Annual statistical returns and brief notes on vaccination in Bengal - 1909-1929
Year: 1909
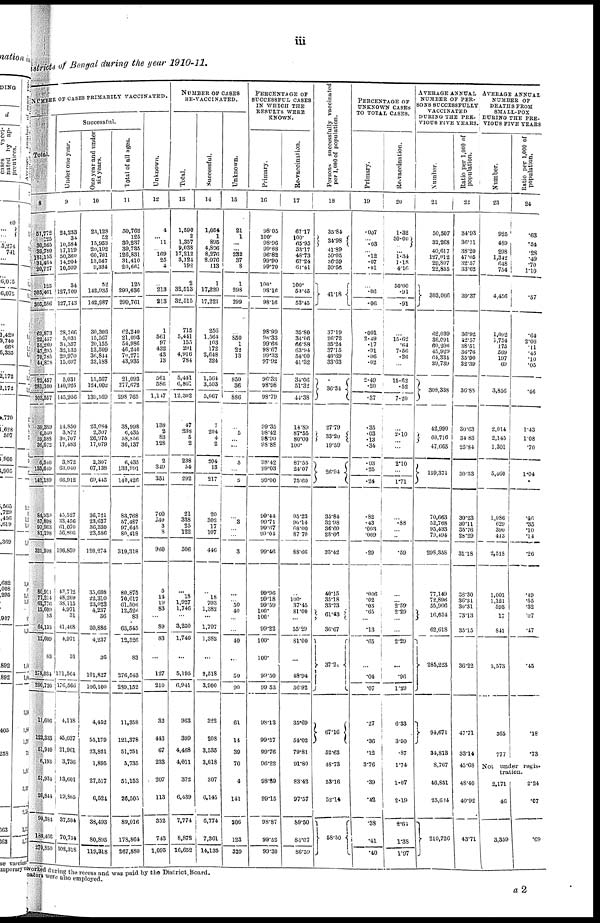
iii
districts of Bengal during the year 1910-11.
NUMBER OF CASES PRIMARILY VACCINATED.
Total.
8
51,772
125
30,562
39,780 281,153
31,464
20,727
125
305,461
305,586
62,873
22,457
55,269
47,205
70,755
44,878
22,457
281,100
303,557
39,389
6,540
59,538
36,672
8,540
135,649
143,189
84,939
57,898
97,963
81,198
321,998
80,011
71,211
61,776
12,609
83
64,133
12,609
83
278,034
290,726
11,600
122,333
51,940
6,193
51,934
26,844
90,334
180,466
270,850
Successful.
Under one year.
9
24,233
34
10,584
17,119 50,360
14,904
10,509
34
127,709
127,743
28,766
5,031
34,357
32,135
29,970
15,897
5,031
140,925
115,956
14,850
3,872
30,707
17,488
3,872
63,940
66,912
45,527
33,456
61,070
50,406
196,859
43,712
48,269
38,115
4,971
31
41,468
4,971
31
171,564
176,566
4,118
45,037
21,961
3,730
13,601
19,865
37,584
70,734
108,318
One year and under
six years.
10
23,128
52
15,953
20,192
60,781
13,547
9,334
52
142,935
142,987
30,303
15,567
20,155
13,509
36,844
23,188
15,567
124,002
139,569
23,084
2,307
26,975
17,079
2,307
67,138
69,445
36,721
23,637
36,330
23,586
120,274
35,608
22,310
23,023
4,237
36
20,886
4,237
36
101,827
106,100
4,452
55,179
23,821
1,896
27,517
6,524
38,493
80,895
119,318
Total of all ages.
11
50,762
125
30,287
39,735
126,831
31,410
20,662
125
299,636
299,761
62,240
21,093
54,986
46,240
70,271
43,935
21,093
277,672
298,765
38,998
6,435
58,856
36,137
6,435
133,991
140,426
83,768
57,487
97,645
80,418
319,318
80,875
70,617
61,500
12,526
83
63,545
12,526
83
276,543
289,152
11,358
121,378
51,751
5,735
51,153
26,505
89,016
178,864
267,880
Unknown.
12
4
...
11
169
25
4
...
213
213
1
561
97
432
43
13
561
586
1,147
138
2 83
128
2
349
351
700
249
3
8
960
5
...
19
83 ...
89
83
...
127
210
32
443
67
233
207
113
352
743
1,095
NUMBER OF CASES
RE-VACCINATED.
Total.
13
1,590
...
1,357
9,038
17,212
3,124
192
2
32,513
32,515
715
5,441
153
291
4,916
784
5,441
6,861
12,302
47
238
5
2
238
54
292
21
338
25
122
506
...
...
1,027
1,476 ...
3,250
1,746
...
5,195
6,941
963
399
4,468
4,011
372
6,439
7,774
8,878
16,652
Successful.
14
1,054
2
895
4,806
8,276
2,076
113
1
17,220
17,221
256
1,564
107 172
2,648 324
1,564
3,503
5,067
7
204 4
2
204
13
217
20
302
17
107
446
...
...
703
1,382
...
1,797
1,382
...
2,518
3,900
322
208
3,535
3,618
307
6,145
6,774
7,361
14,135
Unknown.
15
21
1
...
...
232
37
8
1
298
299
...
850
1
22
13
...
850
36
886
5
...
...
5
...
6
...
3
...
...
3
...
...
50
40
...
...
40
...
50
90
61
14
39
70
4
141
206
123
329
PERCENTAGE OF
SUCCESSFUL CASES
IN WHICH THE
RESULTS WERE
KNOWN.
Primary.
16
98.05
100.
98.96
99.88
96.82
99.90
99.70
100.
93.16
98.16
98.99
96.33
99.66
98.67
99.33
97.92
96.38
98.98
98.79
99.35
98.42
98.90
98.88
98.42
99.03
99.00
99.44
99.71
99.67
99.04
99.46
99.96
99.18
99.59
100.
100.
99.22
100.
100.
99.50
99.53
98.13
99.57
99.76
96.22
98.89
99.15
98.87
99.52
99.30
Re-vaccination.
17
67.17
100.
65.95
53.17
48.73
67.24
61.41
100.
53.45
53.45
35.80
34.06
66.88
63.94
54.00
41.32
34.06
51.32
44.38
14.89
87.55
80.00
100.
87.55
24.07
75.60
95.23
96.14
68.00
87.70
88.66
...
100.
37.45
81.00
...
55.29
81.00
...
48.94
56.92
35.69
54.02
79.81
91.80
83.42
97.57
89.50
84.07
86.59
Persons successfully vaccinated
per 1,000 of population.
18
35.84
34.98
41.89
50.05 36.59
30.56
41.18
37.19
26.72
35.24
37.15
40.69
33.63
36.34
27.79
33.20
19.59
26.94
35.84
32.98
36.60
28.66
33.42
40.15
35.18
33.73
61.43
36.67
37.21
67.16
52.63
48.73
53.16
52.14
58.50
PERCENTAGE OF ,
UNKNOWN CASES
TO TOTAL CASES.
Primary.
19
.007
... .03
...
.12
.07
.01
...
.06
.06
.001
2.49
.17
.91
.06
.02
2.49
.20
.37
35
.03
.13
.34
.03
.25
.24
.82
.43
.003
.009
.29
.006
.02
.03
.65
...
.13
.65
...
.04
.07
.27
.36
.12
3.76
.39
.42
.38
.41
.40
Re-vaccination.
20
1.32
50.00
...
...
1.18
4.16
50.00
.91
.91
...
15.62
.64
7.56
.26
...
15.62
.52
7.20
...
2.10
...
...
2.10
...
1.71
...
.88
...
..
.59
...
...
2.59
229
...
...
2.29
...
.96
1.29
6.33
3.50
.87
1.74
1.07
2.19
2.64
1.38
1.97
AVERAGE ANNUAL
NUMBER OF PER-
SONS SUCCESSFULLY
VACCINATED
DURING THE PRE-
VIOUS FIVE YEARS.
Number.
21
50,507
32,268
40,617
...
29,807
22,855
303,066
62,039
36,091
60,206
45,929
64,334
39,739
308,338
42,990
68,716
47,665
159,371
70,663
52,768
95,433
79,494
298,358
77,149
72,896
55,906
16,654
62,618
285,223
94,671
34,813
8,767
46,851
25,624
210,726
Ratio per 1,000 of
population.
22
34.93
36.11
38.20 ...
32.57
33.62
39.37
36.92
42.57
38.51
36.76
35.90
32.39
36.88
30.63
34.83
25.84
30.53
30.23
30.11
35.76
28.29
31.18
38.30
36.31
30.31
73.13
35.15
36.22
47.71
33.14
45.68
48.40
40.92
43.71
AVERAGE ANNUAL
NUMBER OF
DEATHS FROM
SMALL-POX
DURING THE PRE-
VIOUS FIVE YEARS
Number.
23
925
489
298
...
648
754
4,456
1,092
1,754
175
569
197
69
3,856
2,014
2,145
1,301
5,460
1,086
629
390
413
2,518
1,001
1,121
593
17
841
3,573
365
777
Ratio per 1,000 of
population.
24
...
.54
.28 ...
.49
1.10
.57
.64
2.06
.11
.45 ...
.05
.46
...
1.08
.70
1.04
.40
.85
.10
.14
.26
.49
.55
.32
.07
.47
.45
.18
.73
Not under regis-
tration.
2,171
46
3,359
2.24
.67
.69
worked during the recess and was paid by the District Board.
nators were also employed.
a2